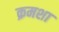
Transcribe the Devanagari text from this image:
क्रमशा